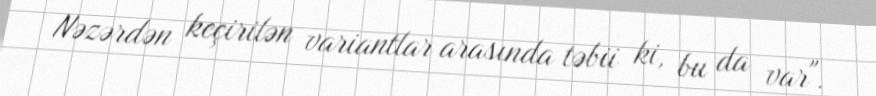
Nəzərdən keçirilən variantlar arasında təbii ki, bu da var".